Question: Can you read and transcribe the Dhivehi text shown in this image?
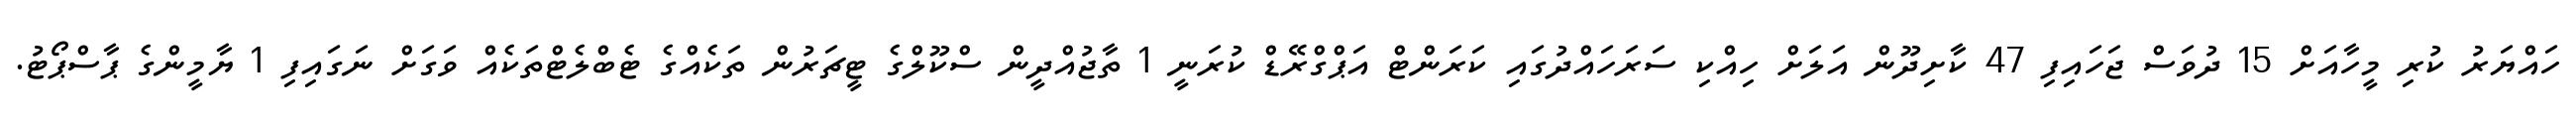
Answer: ހައްޔަރު ކުރި މީހާއަށް 15 ދުވަސް ޖަހައިފި 47 ކާށިދޫން އަލަށް ހިއްކި ސަރަހައްދުގައި ކަރަންޓް އަޕްގްރޭޑް ކުރަނީ 1 ތާޖުއްދީން ސްކޫލްގެ ޓީޗަރުން ތަކެއްގެ ޓެބްލެޓްތަކެއް ވަގަށް ނަގައިފި 1 ޔާމީންގެ ޕާސްޕޯޓު.